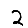
Digit: 2